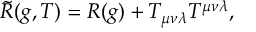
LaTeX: \tilde { R } ( g , T ) = R ( g ) + T _ { \mu \nu \lambda } T ^ { \mu \nu \lambda } ,